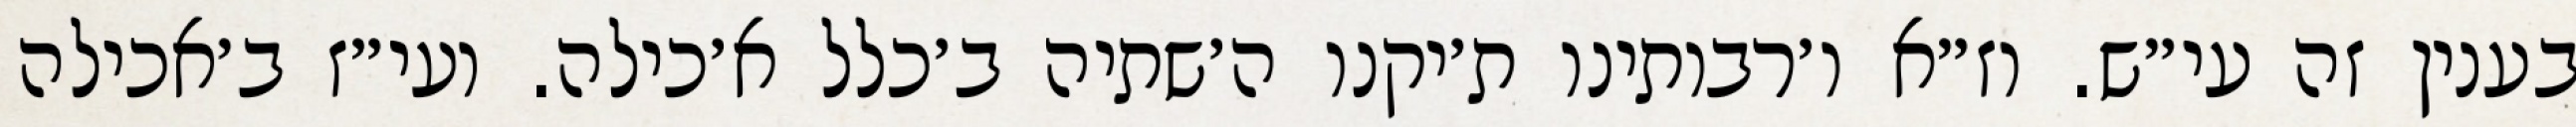
בענין זה עי״ש. וז״א ו׳רבותינו ת׳יקנו ה׳שתיה ב׳כלל א׳כילה. ועי״ז ב׳אכילה